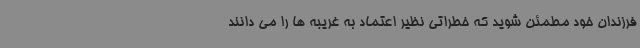
فرزندان خود مطمئن شوید که خطراتی نظیر اعتماد به غریبه ها را می دانند